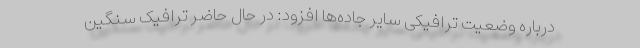
درباره وضعیت ترافیکی سایر جاده‌ها افزود: در حال حاضر ترافیک سنگین